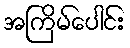
အကြိမ်ပေါင်း